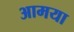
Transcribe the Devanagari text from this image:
आमया